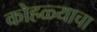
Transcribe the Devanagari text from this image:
कोहळ्याचा